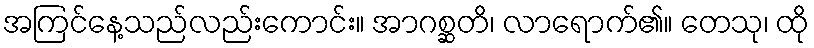
အကြင်နေ့သည်လည်းကောင်း။ အာဂစ္ဆတိ၊ လာရောက်၏။ တေသု၊ ထို